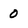
Character: 0